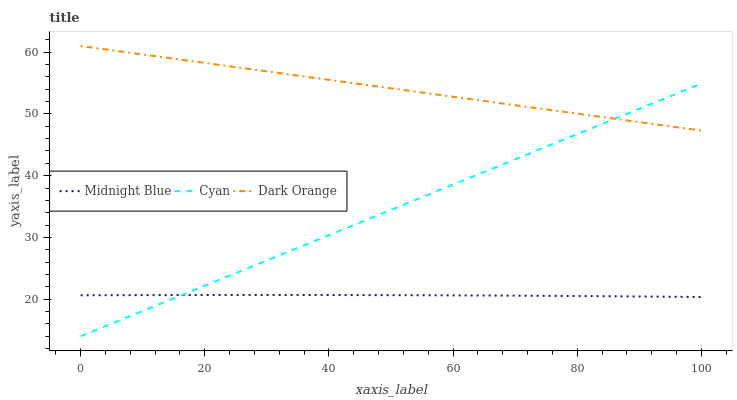
| xaxis_label | Midnight Blue | Cyan | Dark Orange |
 | --- | --- | --- | --- |
 | 0 | 20.6 | 14 | 61 |
 | 8.33 | 20.7 | 17.4 | 59.9 |
 | 16.7 | 20.7 | 20.8 | 58.7 |
 | 25 | 20.7 | 24.2 | 57.6 |
 | 33.3 | 20.7 | 27.6 | 56.4 |
 | 41.7 | 20.7 | 31.1 | 55.3 |
 | 50 | 20.7 | 34.5 | 54.2 |
 | 58.3 | 20.6 | 37.9 | 53 |
 | 66.7 | 20.6 | 41.3 | 51.9 |
 | 75 | 20.5 | 44.7 | 50.7 |
 | 83.3 | 20.5 | 48.1 | 49.6 |
 | 91.7 | 20.4 | 51.5 | 48.4 |
 | 100 | 20.4 | 54.9 | 47.3 |